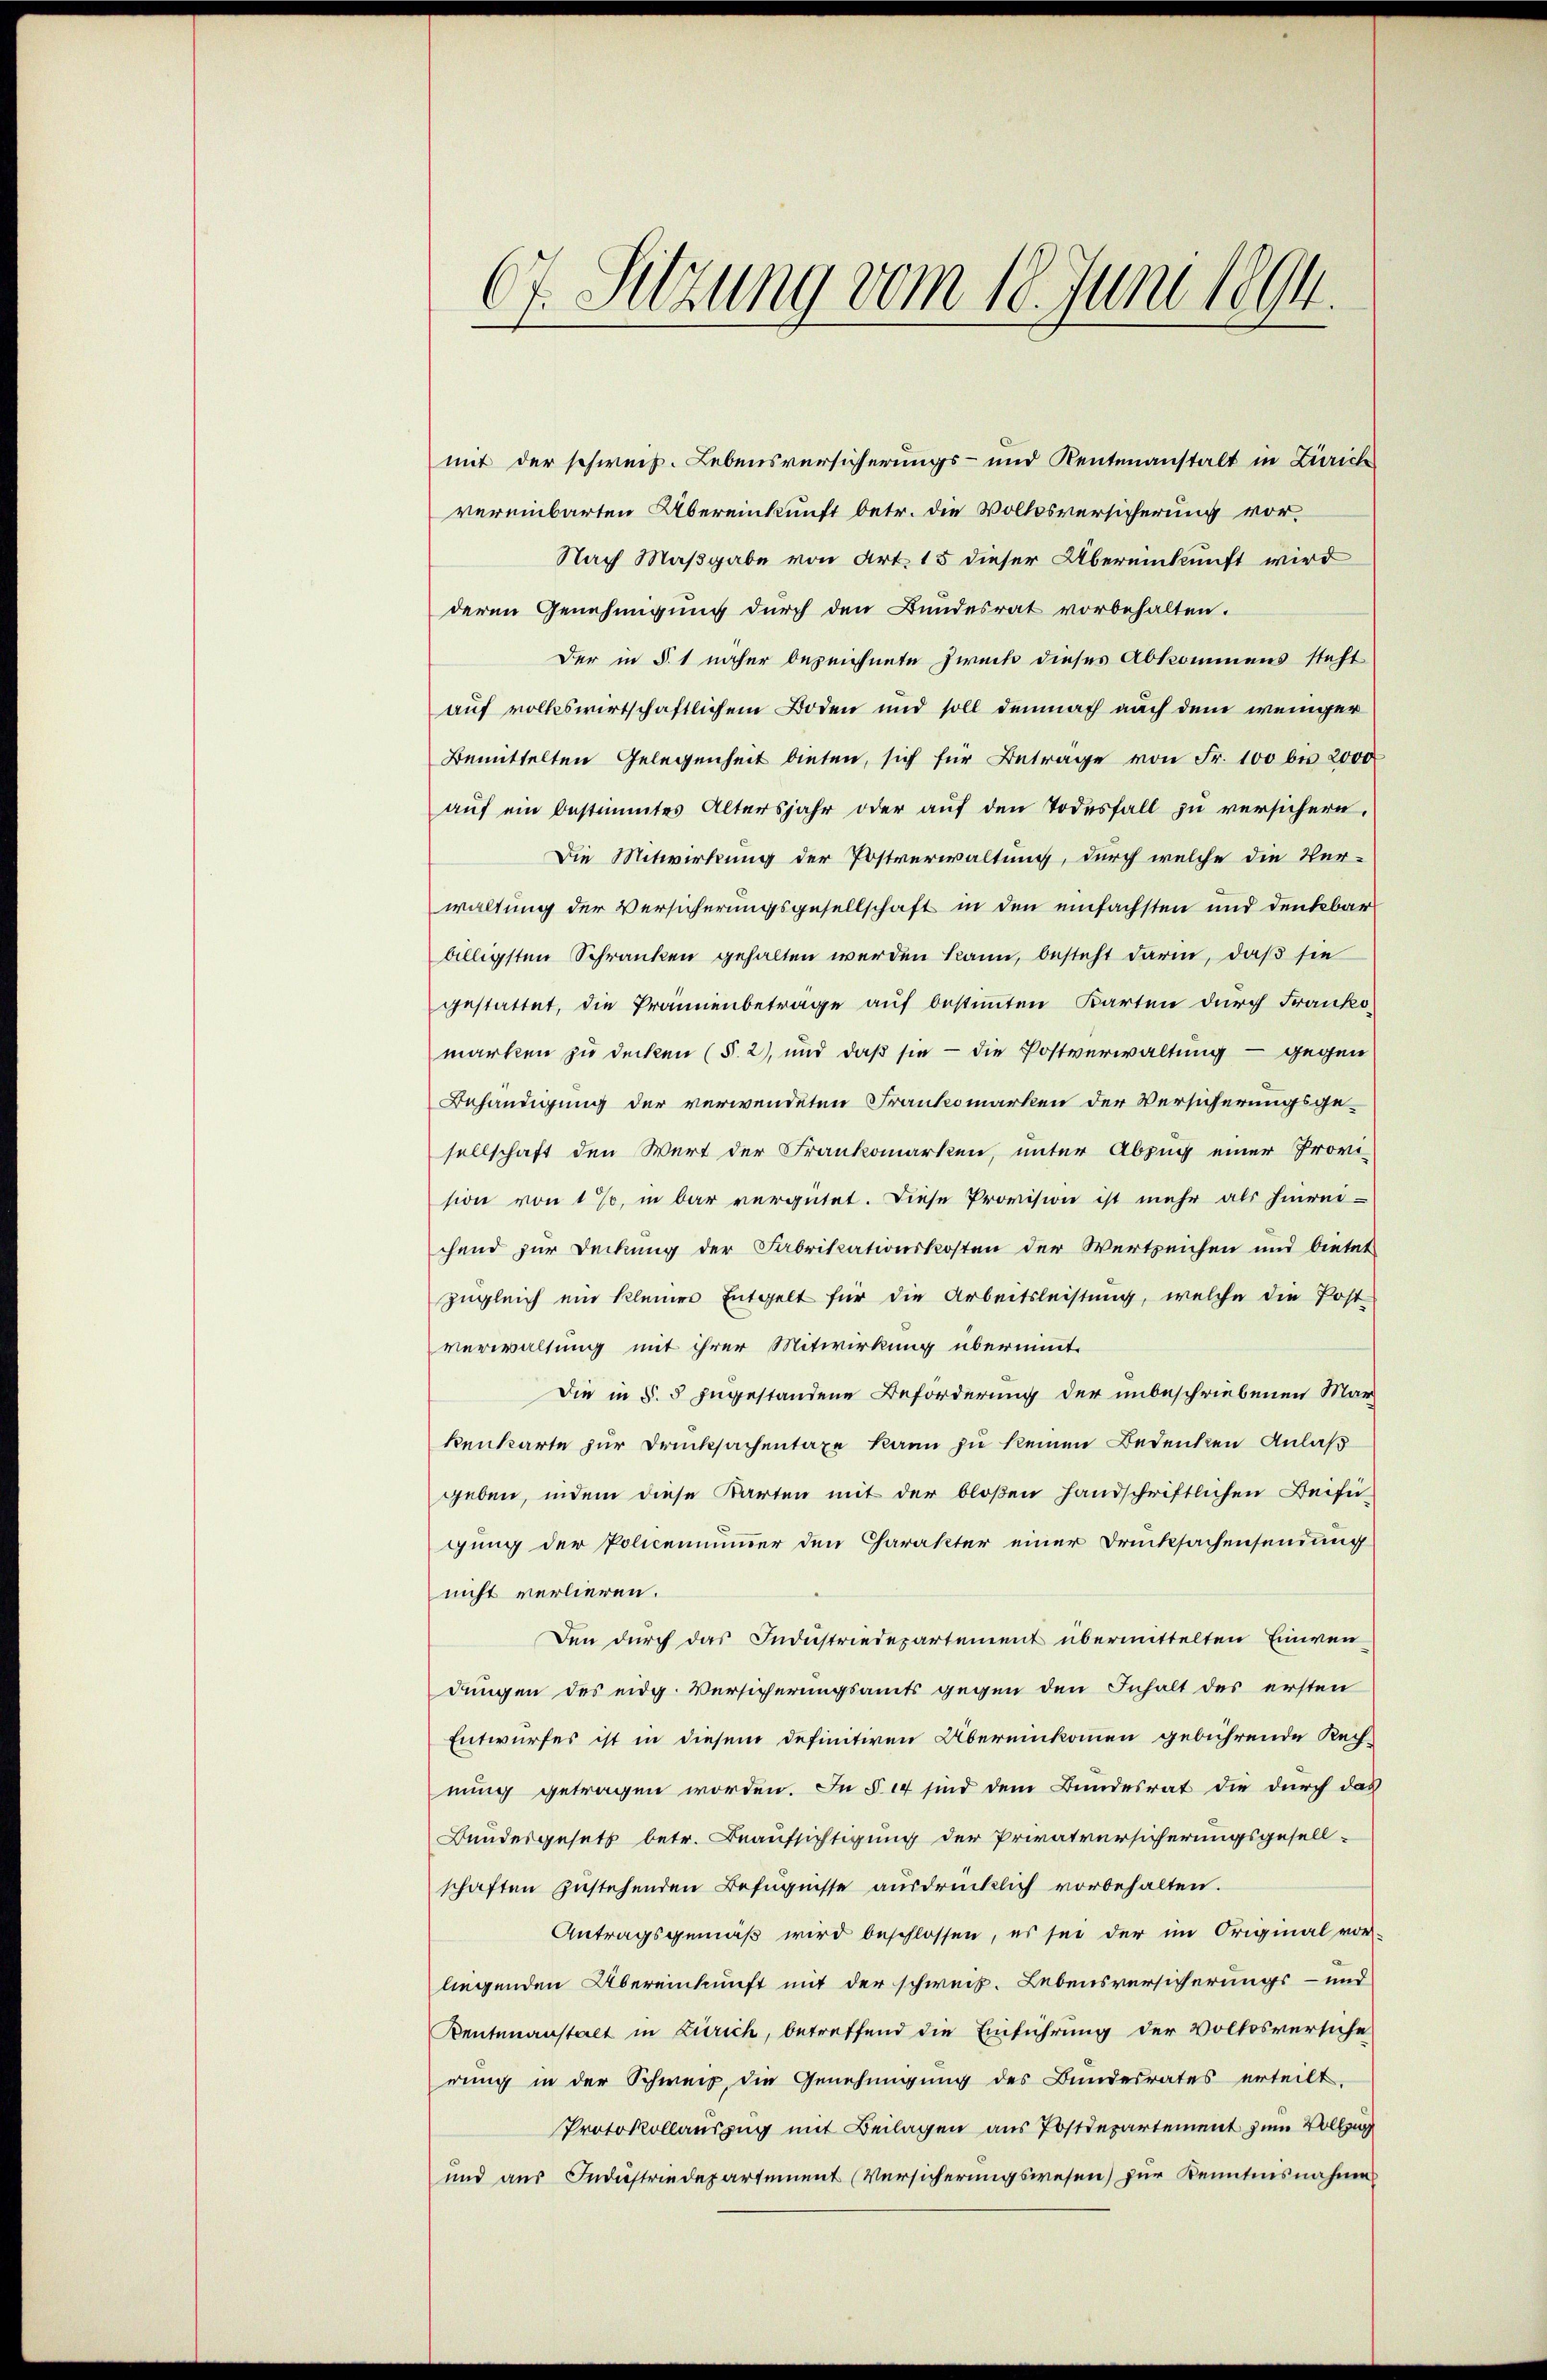
mit der schweiz. Lebensversicherungs- und Rentenanstalt in Zürich
vereinbarten Übereinkunft betr. die Volksversicherung vor¬
Nach Maßgabe von Art. 15 dieser Übereinkunft wird
deren Genehmigung durch den Bundesrat vorbehalten.
Der in §. 1 näher bezeichnete Zurück dieses Abkommens steht
auf volkswirtschaftlichem Boden und soll demnach auch dem weniger
Bemittelten Gelegenheit bieten, sich für Betrage von Fr. 100 bis 2000
auf ein bestimmtes Altersjahr oder auf den Todesfall zu versichern.
Die Mitwirkung der Postverwaltung, durch welche die Ver-
waltung der Versicherungsgesellschaft in den einfachsten und denkbar
billigsten Schranken gehalten werden kann, besteht darin, daß sie
gestattet, die Prannenbeträge auf bestimmten Karten durch Frankomarken zu decken (§. 2), und daß sie - die Postverwaltung - gegen
Behändigung der verwendeten Frankomarken der Versicherungsge-
sellschaft den Wert der Frankomarken, unter Abzug einer Provi-
sion von 1%, in bar vergütet. Diese Provision ist mehr als hinrei-
chend zur Deckung der Fabrikationskosten der Wertzeichen und bietet
zugleich ein kleines Entgelt für die Arbeitsleistung, welche die Post-
verwaltung mit ihrer Mitwirkung übernimmt.
Die in §. 5 zugestandene Beförderung der unbeschriebenen Mar
kenkarte zur Drucksachentaxe kann zu keinen Bedenken Anlaß
geben, indem diese Karten mit der bloßen Handschriftlichen Beifügung der Policennummer den Charakter einer Drucksachensendung
nicht verlieren.
Den durch das Industriedepartement übermittelten Einwendungen des eidg. Versicherungsamts gegen den Inhalt des ersten
Entwurfes ist in diesem definitiven Übereinkommen gebührende Rech-
nung getragen worden. In § 14 sind dem Bundesrat die durch das
Bundesgesetz betr. Beaufsichtigung der Privatversicherungsgesell-
schaften zustehenden Befugnisse ausdrücklich vorbehalten.
Antragsgemäß wird beschlossen, es sei der im Original vor-
liegenden Übereinkunft mit der schweiz. Lebensversicherungs- und
Kentenanstalt in Zürich, betreffend die Einführung der Volksversiche
rung in der Schweiz, die Genehmigung des Bundesrates erteilt.
Protokollauszug mit Beilagen aus Postdepartement zum Vollzug
und aus Industriedepartement (Versicherungswesen) zur Kenntnisnahme

67. Sitzung vom 18. Juni 1894.
d